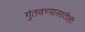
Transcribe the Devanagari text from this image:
गुंतवण्‍यासाठीही